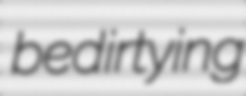
bedirtying